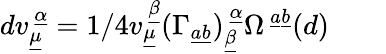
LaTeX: dv_{\underline{{{\mu}}}}^{~\underline{{{\alpha}}}}=1/4v_{\underline{{{\mu}}}}^{~\underline{{{\beta}}}}(\Gamma_{\underline{{{a}}}\underline{{{b}}}})_{\underline{{{\beta}}}}^{~\underline{{{\alpha}}}}\Omega^{~\underline{{{a}}}\underline{{{b}}}}(d)\qquad